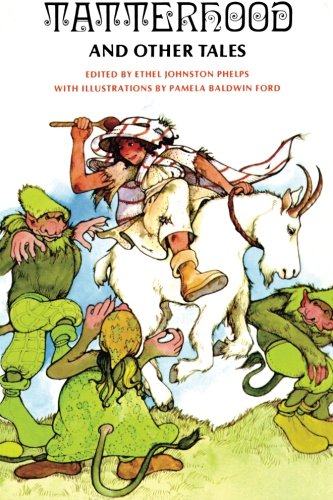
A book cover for Tatterhood and Other Tales; Children's Books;